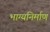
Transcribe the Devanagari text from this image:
भाग्यनिर्माण